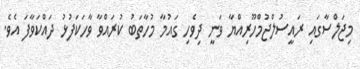
މިޖަލްސާގައި ރައީސުލްޖުމްހޫރިއްޔާ ވަނީ ދިވެހި ގައުމާ މުހާތަބު ކުރައްވާ ވާހަކަފުޅު ދައްކަވާފަ އެވެ.